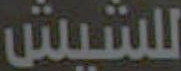
للشيش